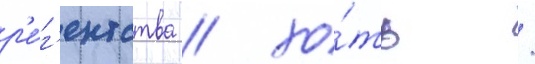
р'е́г'ентства / хо́ть /